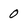
Character: 0